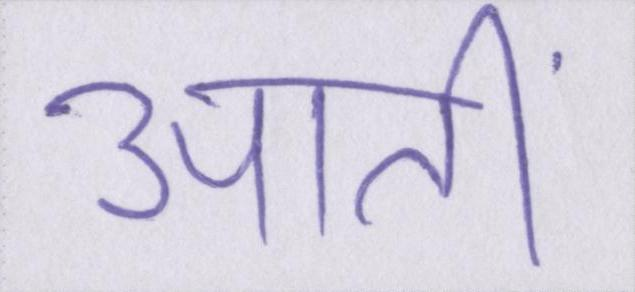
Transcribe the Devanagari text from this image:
आतीं